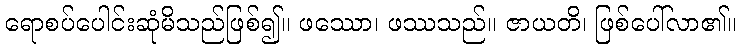
ရောစပ်ပေါင်းဆုံမိသည်ဖြစ်၍။ ဖဿော၊ ဖဿသည်။ ဇာယတိ၊ ဖြစ်ပေါ်လာ၏။